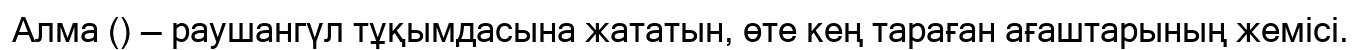
Алма () — раушангүл тұқымдасына жататын, өте кең тараған ағаштарының жемісі.